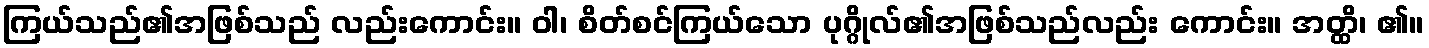
ကြယ်သည်၏အဖြစ်သည် လည်းကောင်း။ ဝါ၊ စိတ်စင်ကြယ်သော ပုဂ္ဂိုလ်၏အဖြစ်သည်လည်း ကောင်း။ အတ္ထိ၊ ၏။